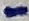
Text: -